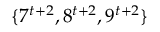
\{ 7 ^ { t + 2 } , 8 ^ { t + 2 } , 9 ^ { t + 2 } \}